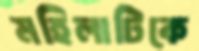
মহিলাটিকে